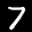
Label: 7